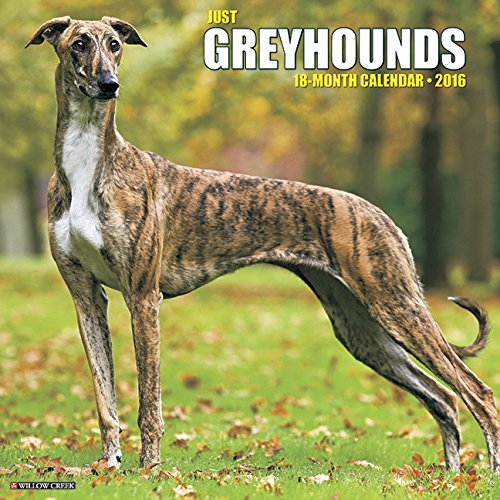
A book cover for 2016 Just Greyhounds Wall Calendar; Willow Creek Press; Calendars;